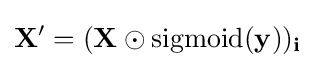
\mathbf {X} '=(\mathbf {X} \odot {\text{sigmoid}}(\mathbf {y} ))_{\mathbf {i} }